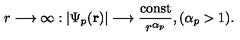
r \longrightarrow \infty : | \Psi _ { p } ( { \bf r } ) | \longrightarrow \frac { \mathrm { c o n s t } } { r ^ { \alpha _ { p } } } , ( \alpha _ { p } > 1 ) .